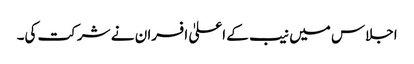
اجلاس میں نیب کے اعلیٰ افسران نے شرکت کی۔